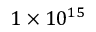
1 \times 1 0 ^ { 1 5 }